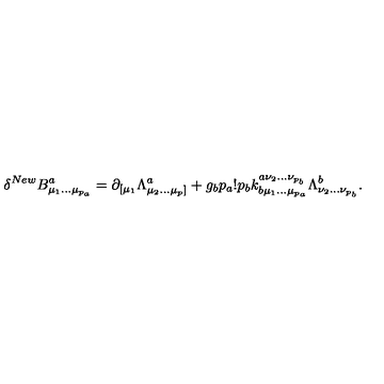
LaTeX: \delta ^ { N e w } B _ { \mu _ { 1 } \ldots \mu _ { p _ { a } } } ^ { a } = \partial _ { [ \mu _ { 1 } } \Lambda _ { \mu _ { 2 } \ldots \mu _ { p } ] } ^ { a } + g _ { b } p _ { a } ! p _ { b } k _ { b \mu _ { 1 } \ldots \mu _ { p _ { a } } } ^ { a \nu _ { 2 } \ldots \nu _ { p _ { b } } } \Lambda _ { \nu _ { 2 } \ldots \nu _ { p _ { b } } } ^ { b } .